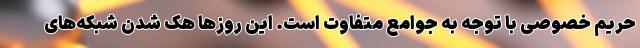
حریم خصوصی با توجه به جوامع متفاوت است. این روز‌ها هک شدن شبکه‌های